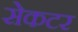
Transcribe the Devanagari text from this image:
सेकटर